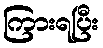
ကြားရပြီး